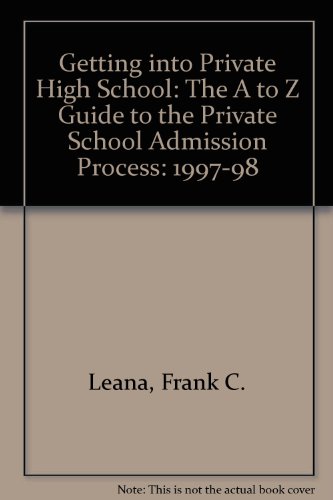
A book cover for Getting Into Private School: The A to Z Guide to the Private High School Admissions Process (Princeton Review); Frank Leana Ph.D.; Test Preparation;